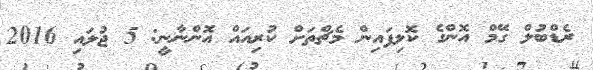
ރެޑްބުލް ގޭމް އޮންގެ ކޮލިފައިން މެޗްތަށް ކުރިއައް އޮންނާނީ: 5 ޖުލައި 2016